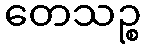
တေသဉ္စ